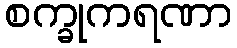
စက္ခုကရဏာ